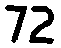
72